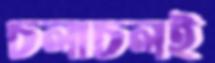
চলাচলই